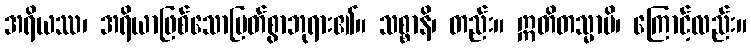
အရိယဿ၊ အရိယာဖြစ်သောမြတ်စွာဘုရား၏။ သစ္စာနိ၊ တည်း။ ဣတိတသ္မာပိ၊ ကြောင့်လည်း။